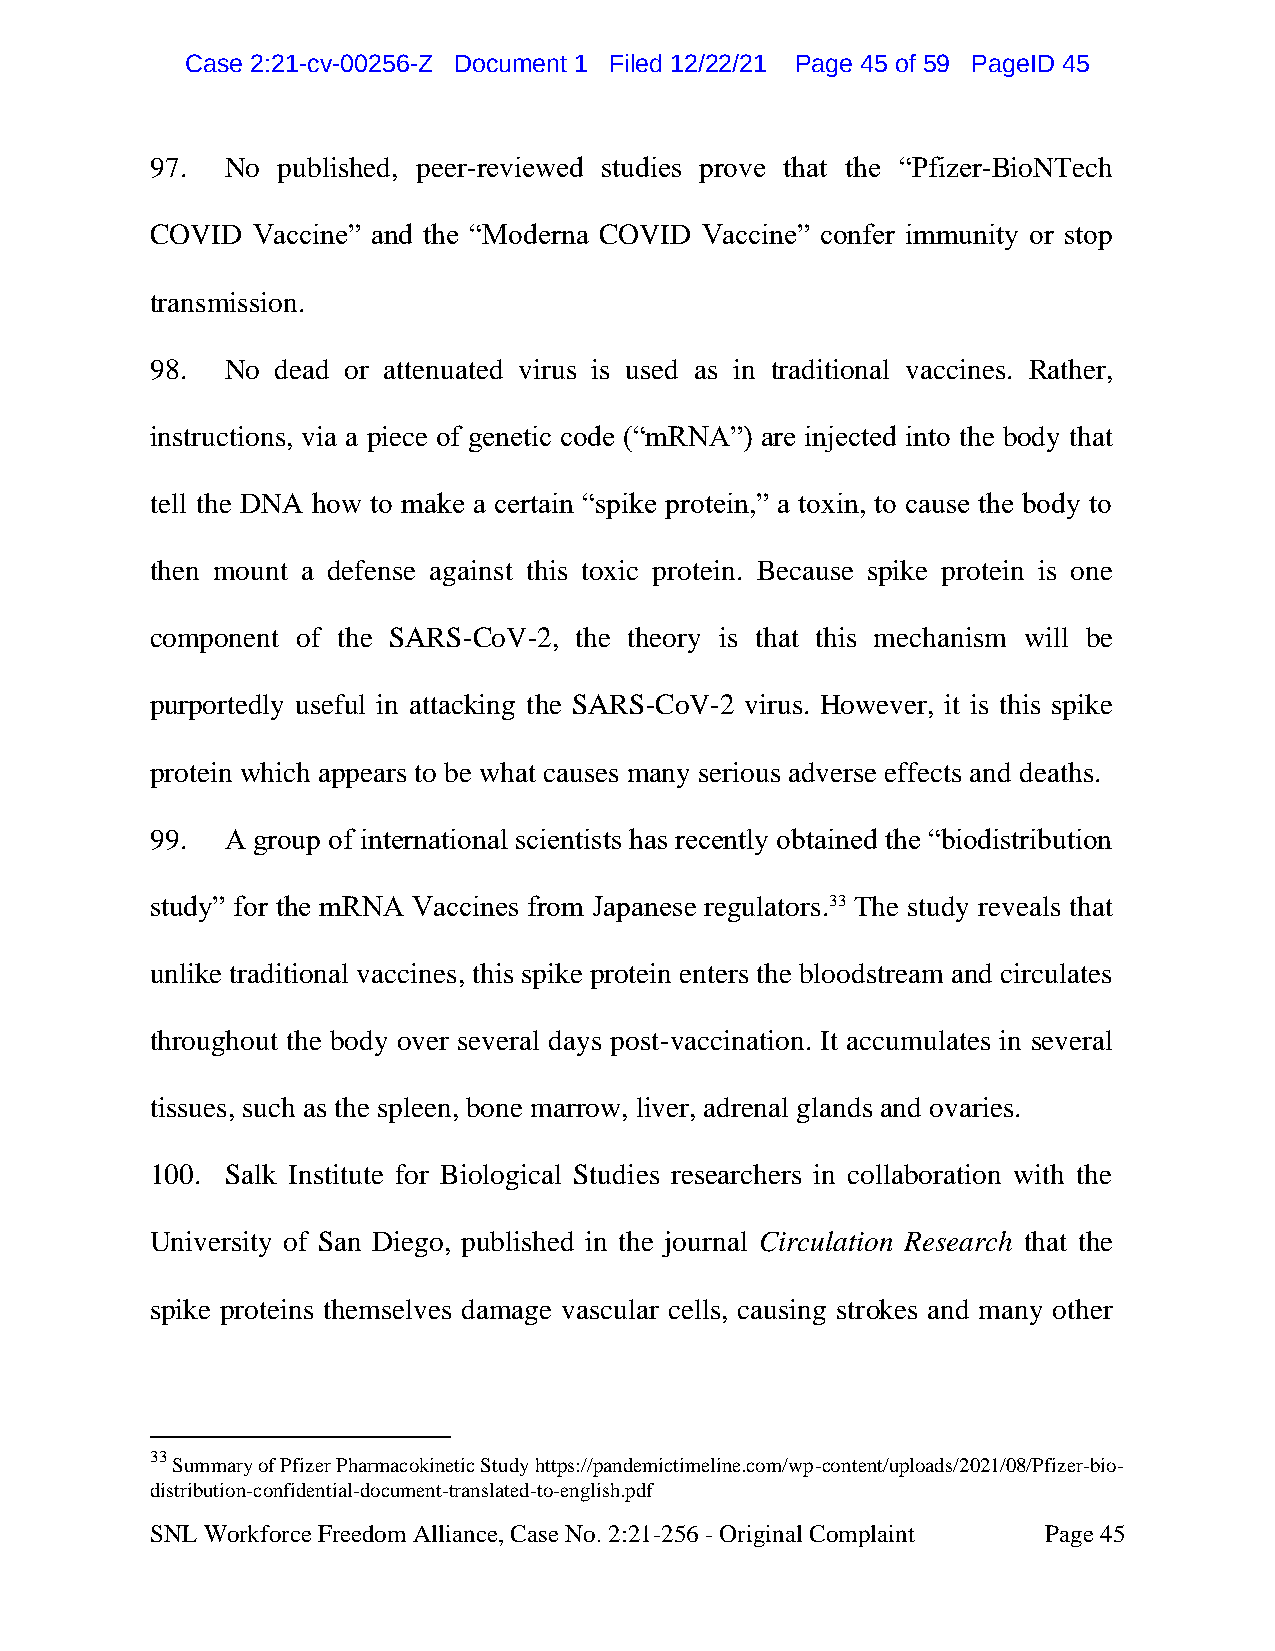
CCaassee 22::2211--ccvv--0000225566--ZZ DDooccuummeenntt 11 FFiilleedd 1122//2222//2211 PPaaggee 4455 ooff 5599 PPaaggeeIIDD 4455
 97.  No published, peer-reviewed studies prove that the “Pfizer-BioNTech
 COVID  Vaccine” and the “Moderna COVID Vaccine” confer immunity or stop
 transmission.
 98.  No dead or attenuated virus is used as in traditional vaccines. Rather,
 instructions, via a piece of genetic code (“mRNA”) are injected into the body that
 tell the DNA how to make a certain “spike protein,” a toxin, to cause the body to
 then mount a defense against this toxic protein. Because spike protein is one
 component of the SARS-CoV-2, the theory is that this mechanism will be
 purportedly useful in attacking the SARS-CoV-2 virus. However, it is this spike
 protein which appears to be what causes many serious adverse effects and deaths.
 99.  A group of international scientists has recently obtained the “biodistribution
 study” for the mRNA Vaccines from Japanese regulators.33 The study reveals that
 unlike traditional vaccines, this spike protein enters the bloodstream and circulates
 throughout the body over several days post-vaccination. It accumulates in several
 tissues, such as the spleen, bone marrow, liver, adrenal glands and ovaries.
 100. Salk Institute for Biological Studies researchers in collaboration with the
 University of San Diego, published in the journal Circulation Research that the
 spike proteins themselves damage vascular cells, causing strokes and many other
 33
 Summary of Pfizer Pharmacokinetic Study https://pandemictimeline.com/wp-content/uploads/2021/08/Pfizer-bio-
 distribution-confidential-document-translated-to-english.pdf
 SNL Workforce Freedom Alliance, Case No. 2:21-256 - Original Complaint Page 45